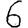
Digit: 6